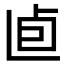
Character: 𠧠